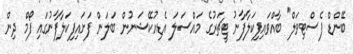
ބޭންޑް ފެސްޓިވަލް" ބާއްވައިފިކަލާފާނު ޓީޗަރުގެ މައްސަލަ އެޑިއުކޭޝަނުން ބަލަން ފަށައިފިކަލާފާނުގައި ފޯމް ދިން